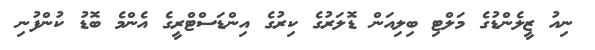
ނިއު ޒީލެންޑުގެ މަލްޓި ބިލިއަން ޑޮލަރުގެ ކިރުގެ އިންޑަސްޓްރީގެ އެންމެ ބޮޑު ކުންފުނި